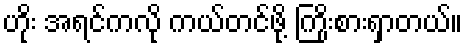
ဟိုး အရင်ကလို ကယ်တင်ဖို့ ကြိုးစားရှာတယ်။